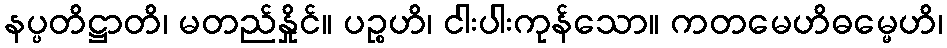
နပ္ပတိဋ္ဌာတိ၊ မတည်နှိုင်။ ပဉ္စဟိ၊ ငါးပါးကုန်သော။ ကတမေဟိဓမ္မေဟိ၊